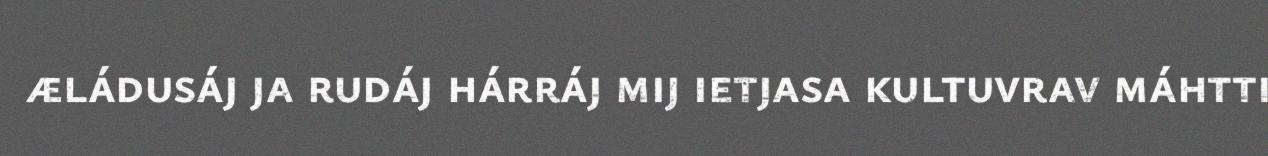
æládusáj ja rudáj hárráj mij ietjasa kultuvrav máhtti